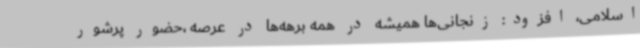
اسلامی، افزود: زنجانی‌ها همیشه در همه برهه‌ها در عرصه ،حضور پرشور